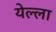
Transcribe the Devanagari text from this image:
येल्ला